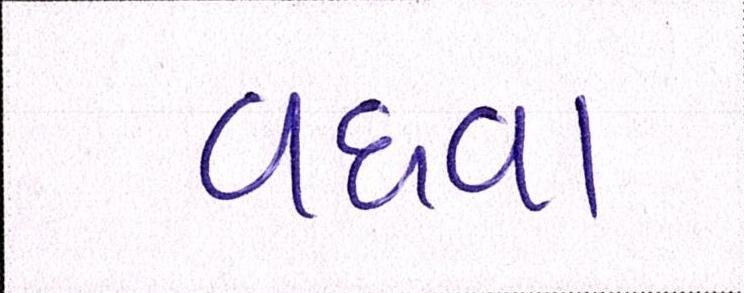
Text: વધવા